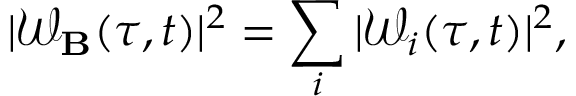
| \mathcal { W _ { \bf B } } ( \tau , t ) | ^ { 2 } = \sum _ { i } | \mathcal { W } _ { i } ( \tau , t ) | ^ { 2 } ,